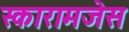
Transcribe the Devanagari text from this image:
स्कारामजेस